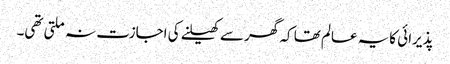
پذیرائی کایہ عالم تھا کہ گھر سے کھیلنے کی اجازت نہ ملتی تھی۔